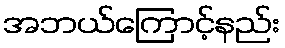
အဘယ်ကြောင့်နည်း